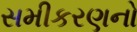
સમીકરણનો